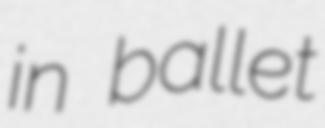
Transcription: in ballet